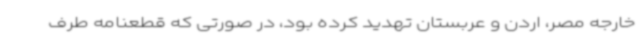
خارجه مصر، اردن و عربستان تهدید کرده بود، در صورتی که قطعنامه طرف